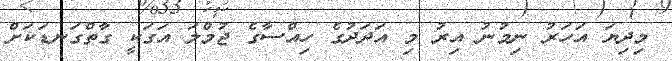
މިދިޔަ އަހަރު ނިމުނު އިރު މި އަދަދުގެ ހިއްސާގެ ޖުމްލަ އަގަކީ ގާތްގަނޑަކަށް